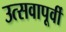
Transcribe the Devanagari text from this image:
उत्सवापूर्वी